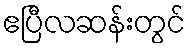
ဧပြီလဆန်းတွင်